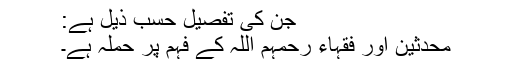
جن کی تفصیل حسب ذیل ہے:
محدثین اور فقہاء رحمہم اللہ کے فہم پر حملہ ہے۔